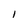
Character: 1